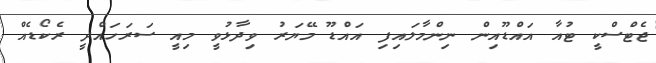
ޖެޓްސްކީ ޓުއާ އައްޑޫއިން ނިންމާލައިފި އައްޑޫ މޭޔަރު ވިދާޅުވީ މިއީ ސަރަހައްދީ ރެކޯޑެއް